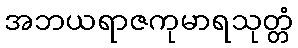
အဘယရာဇကုမာရသုတ္တံ